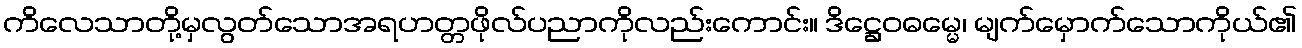
ကိလေသာတို့မှလွတ်သောအရဟတ္တဖိုလ်ပညာကိုလည်းကောင်း။ ဒိဋ္ဌေဝဓမ္မေ၊ မျက်မှောက်သောကိုယ်၏